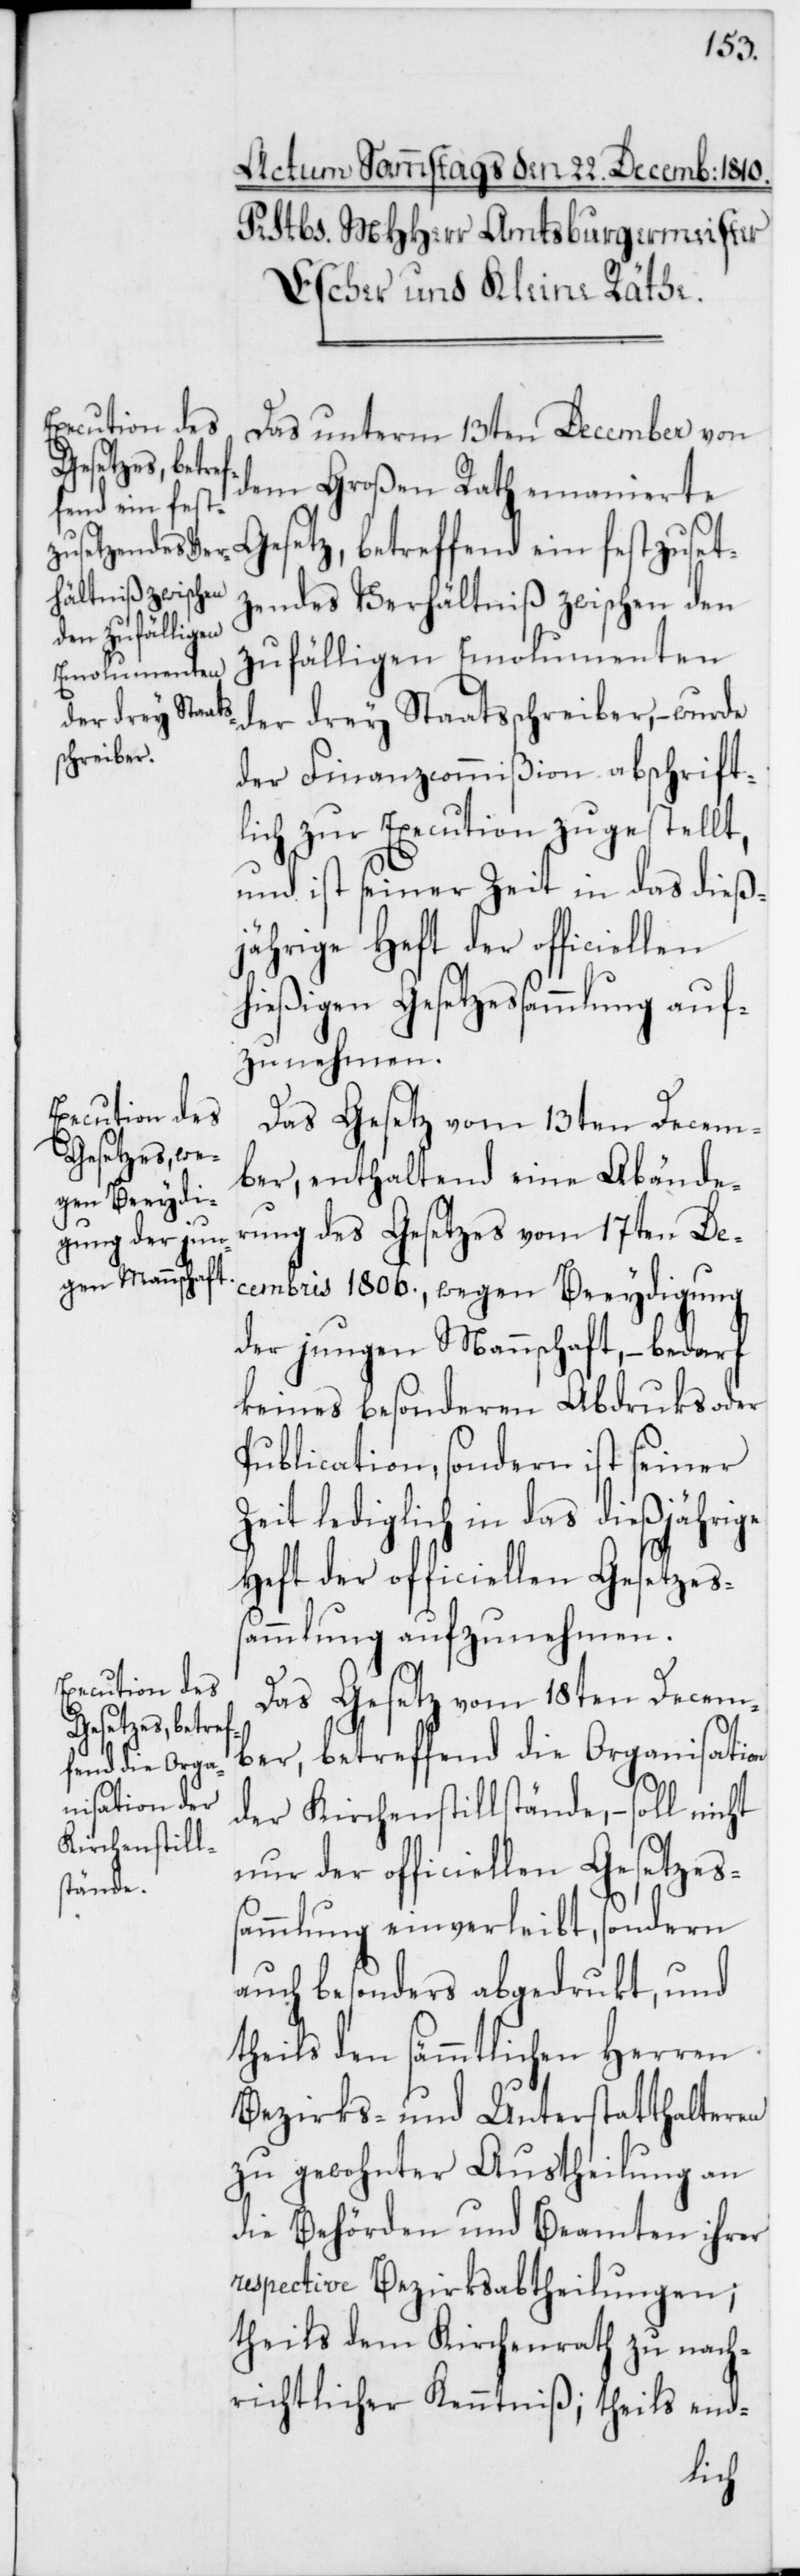
sation der
Kirchenstill¬
stände,

Das unterm 13ten December von
dem Großen Rath emanierte
Gesetz, betreffend ein festzuset¬
zendes Verhältniß zwischen den
zufälligen Emolumenten
der drey Staatsschreiber, – wurde
der Finanzcommißion abschrift¬
lich zur Execution zugestellt,
und ist seiner Zeit in das dieß¬
jährige Heft der officiellen
hießigen Gesetzessammlung auf¬
zunehmen.
Das Gesetz vom 13ten Decem¬
ber, enthaltend eine Abände¬
rung des Gesetzes vom 17ten De¬
cembris 1806., wegen Beeydigung
der jungen Mannschaft, – bedarf
keines besonderen Abdrucks oder
Publication, sondern ist seiner
Zeit lediglich in das dießjährige
Heft der officiellen Gesetzes¬
sammlung aufzunehmen.
Das Gesetz vom 18ten Decem¬
ber, betreffend die Organi¬
nur der officiellen Gesetzes¬
sammlung einverleibt, sondern
auch besonders abgedruckt, und
theils den sämmtlichen Herren
Bezirks- und Unterstatthalteren
zu gewohnter Austheilung an
die Behörden und Beamten ihrer
respective Bezirksabtheilungen;
theils dem Kirchenrath zu nach¬
richtlicher Kenntniß; theils end-